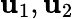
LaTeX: \mathbf{u}_{1},\mathbf{u}_{2}